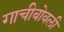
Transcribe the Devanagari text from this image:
गाचीबोवली